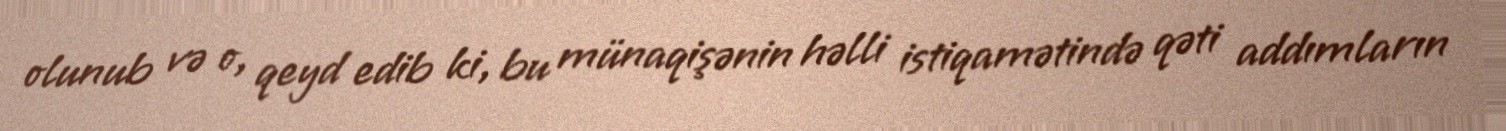
olunub və o, qeyd edib ki, bu münaqişənin həlli istiqamətində qəti addımların